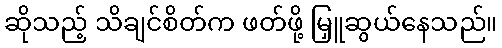
ဆိုသည့် သိချင်စိတ်က ဖတ်ဖို့ မြှူဆွယ်နေသည်။